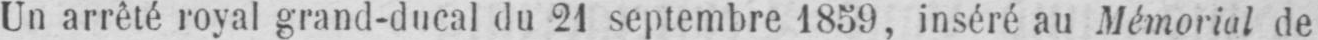
Un arrêté royal grand-ducal du 21 septembre 1859, inséré au Mémorial de